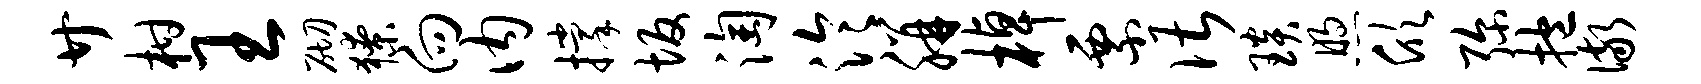
廿柑王砌獠向内撑坂淘泠胼棹票谌琰煦欣弥抱儆